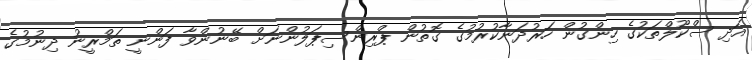
އަދި ސްކޫލްތަކުގެ ހިންގުން ހަރުދަނާކުރުމުގެ ގޮތުން ޕްރިންސިޕަލުންނަށް ބޭނުންވާ ފަންނީ ތަމްރީނު ދިނުމުގެ